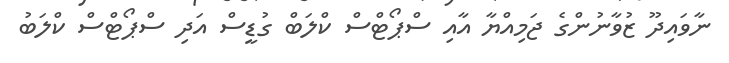
ނާވައިދޫ ޒުވާނުންގެ ޖަމިއްޔާ އާއި ސްޕޯޓްސް ކްލަބް ގުޑީސް އަދި ސްޕޯޓްސް ކްލަބު